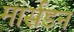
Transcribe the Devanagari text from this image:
मार्सडन